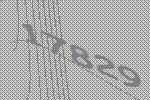
17829